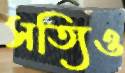
সত্যিও